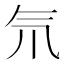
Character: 氘